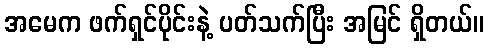
အမေက ဖက်ရှင်ပိုင်းနဲ့ ပတ်သက်ပြီး အမြင် ရှိတယ်။